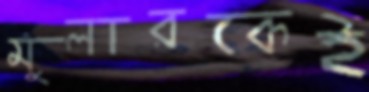
মুলারকেই